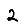
Digit: 2